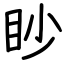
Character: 眇